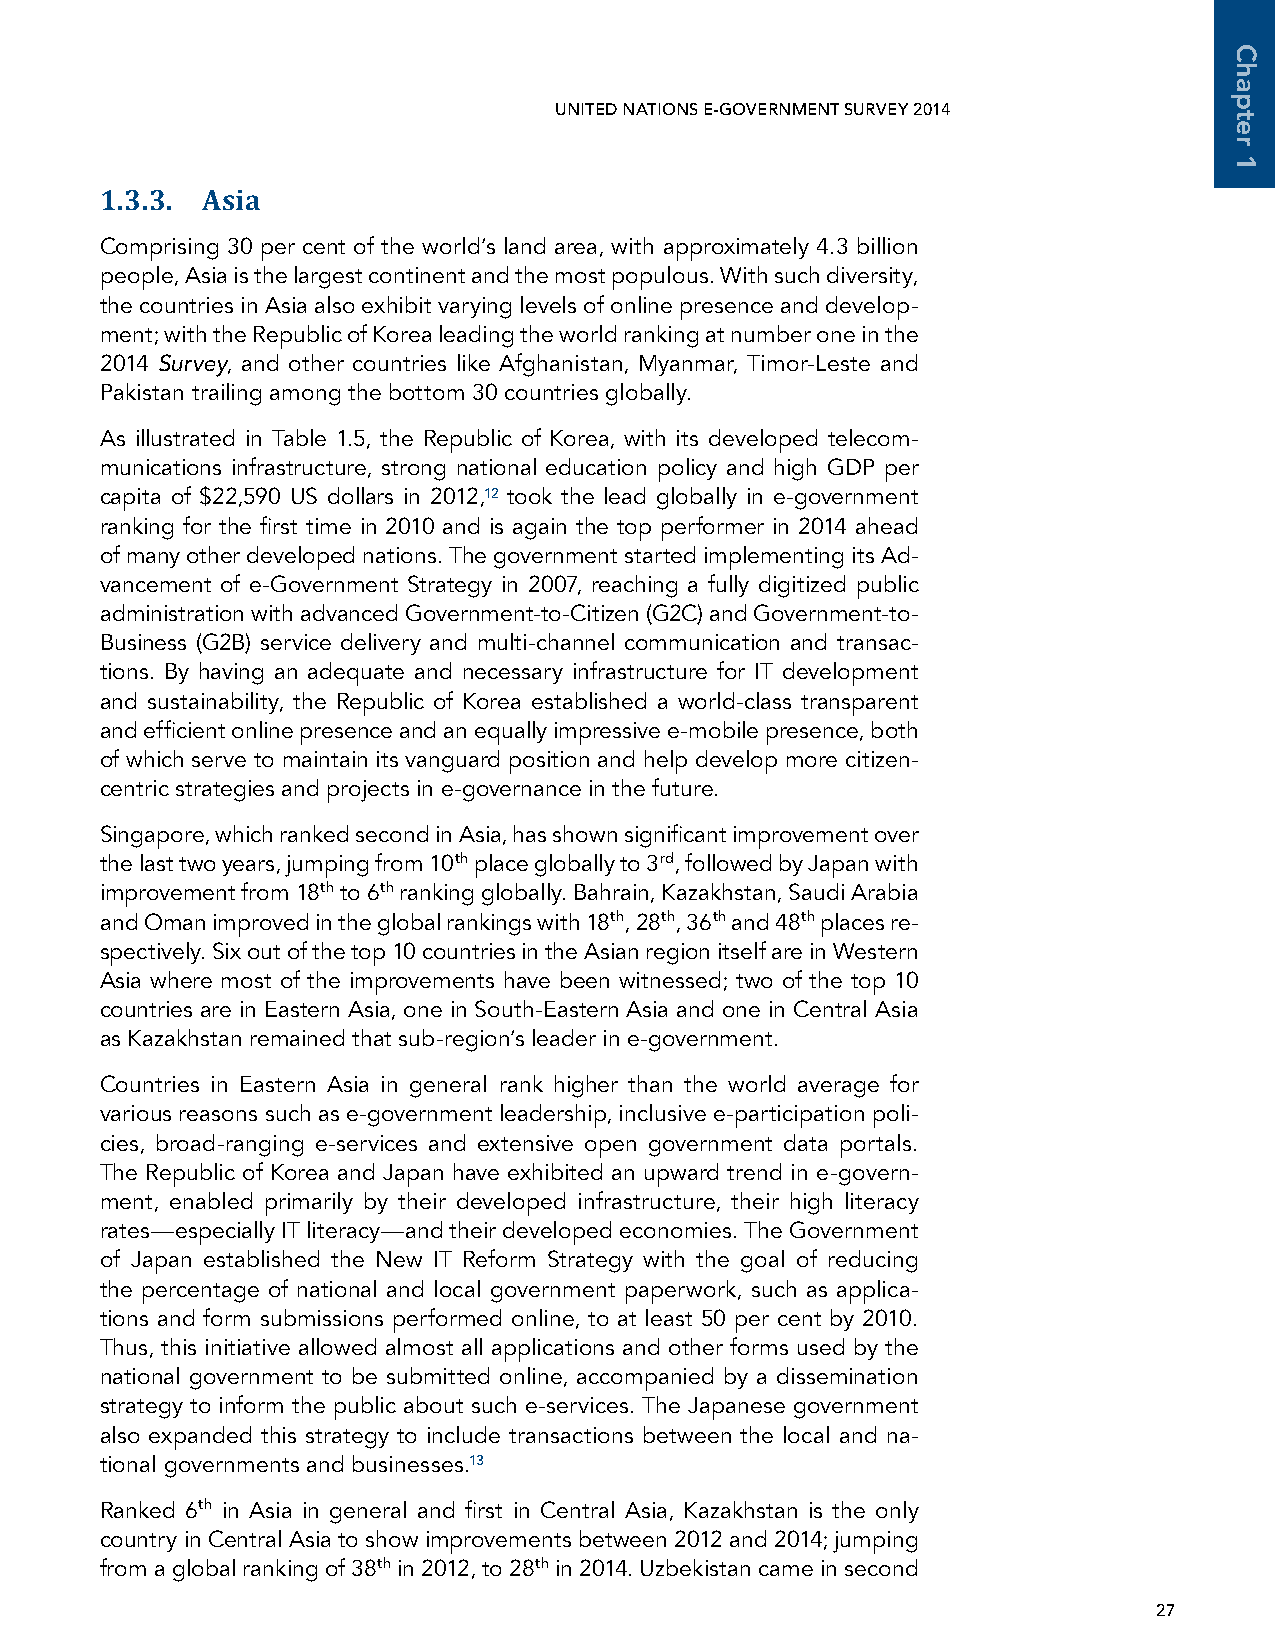
UNITED NATIONS E-GOVERNMENT SURVEY 2014
 1.3.3. Asia
 Comprising 30 per cent of the world’s land area, with approximately 4.3 billion
 people, Asia is the largest continent and the most populous. With such diversity,
 the countries in Asia also exhibit varying levels of online presence and develop-
 ment; with the Republic of Korea leading the world ranking at number one in the
 2014 Survey, and other countries like Afghanistan, Myanmar, Timor-Leste and
 Pakistan trailing among the bottom 30 countries globally.
 As illustrated in Table 1.5, the Republic of Korea, with its developed telecom-
 munications infrastructure, strong national education policy and high GDP per
 capita of $22,590 US dollars in 2012,12 took the lead globally in e-government
 ranking for the first time in 2010 and is again the top performer in 2014 ahead
 of many other developed nations. The government started implementing its Ad-
 vancement of e-Government Strategy in 2007, reaching a fully digitized public
 administration with advanced Government-to-Citizen (G2C) and Government-to-
 Business (G2B) service delivery and multi-channel communication and transac-
 tions. By having an adequate and necessary infrastructure for IT development
 and sustainability, the Republic of Korea established a world-class transparent
 and efficient online presence and an equally impressive e-mobile presence, both
 of which serve to maintain its vanguard position and help develop more citizen-
 centric strategies and projects in e-governance in the future.
 Singapore, which ranked second in Asia, has shown significant improvement over
 the last two years, jumping from 10th place globally to 3rd, followed by Japan with
 improvement from 18th to 6th ranking globally. Bahrain, Kazakhstan, Saudi Arabia
 and Oman improved in the global rankings with 18th, 28th, 36th and 48th places re-
 spectively. Six out of the top 10 countries in the Asian region itself are in Western
 Asia where most of the improvements have been witnessed; two of the top 10
 countries are in Eastern Asia, one in South-Eastern Asia and one in Central Asia
 as Kazakhstan remained that sub-region’s leader in e-government.
 Countries in Eastern Asia in general rank higher than the world average for
 various reasons such as e-government leadership, inclusive e-participation poli-
 cies, broad-ranging e-services and extensive open government data portals.
 The Republic of Korea and Japan have exhibited an upward trend in e-govern-
 ment, enabled primarily by their developed infrastructure, their high literacy
 rates—especially IT literacy—and their developed economies. The Government
 of Japan established the New IT Reform Strategy with the goal of reducing
 the percentage of national and local government paperwork, such as applica-
 tions and form submissions performed online, to at least 50 per cent by 2010.
 Thus, this initiative allowed almost all applications and other forms used by the
 national government to be submitted online, accompanied by a dissemination
 strategy to inform the public about such e-services. The Japanese government
 also expanded this strategy to include transactions between the local and na-
 tional governments and businesses.13
 Ranked 6th in Asia in general and first in Central Asia, Kazakhstan is the only
 country in Central Asia to show improvements between 2012 and 2014; jumping
 from a global ranking of 38th in 2012, to 28th in 2014. Uzbekistan came in second
 27
 Chapter
 1